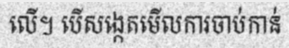
លើ។ បើសង្កេតមើលការចាប់កាន់